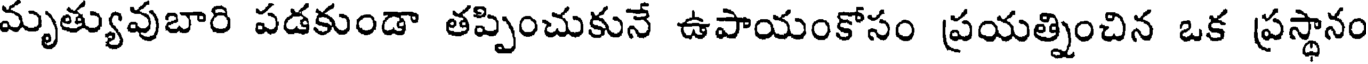
మృత్యువుబారి పడకుండా తప్పించుకునే ఉపాయంకోసం ప్రయత్నించిన ఒక ప్రస్థానం